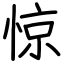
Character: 惊